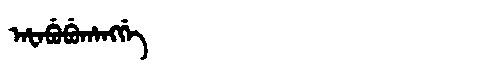
Manchu: ᠠᡶᠠᠪᡠᠪᡠᡥᠠᠩᡤᡝ
Romanization: AFABUBUHANGGE